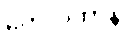
တေလကာနိ